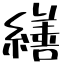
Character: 繕